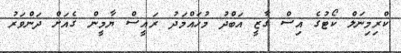
ކްރިމިނަލް ކޯޓުގެ އިސް ގާޒީ އަބްދު މުހައްމަދު ރައީސް ޔާމީން ގެއަށް ދަންވަރު